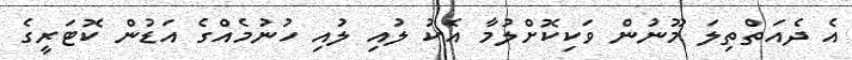
އެ ދެއަތްތިލަ މޫނުން ވަކިކޮށްލުމާ އެކު ލުއި ލުއި ހުނުމެއްގެ އަޑުން ކޮޓަރީގެ